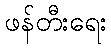
ဖန်တီးရေး